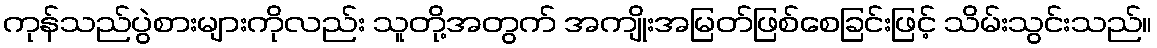
ကုန်သည်ပွဲစားများကိုလည်း သူတို့အတွက် အကျိုးအမြတ်ဖြစ်စေခြင်းဖြင့် သိမ်းသွင်းသည်။